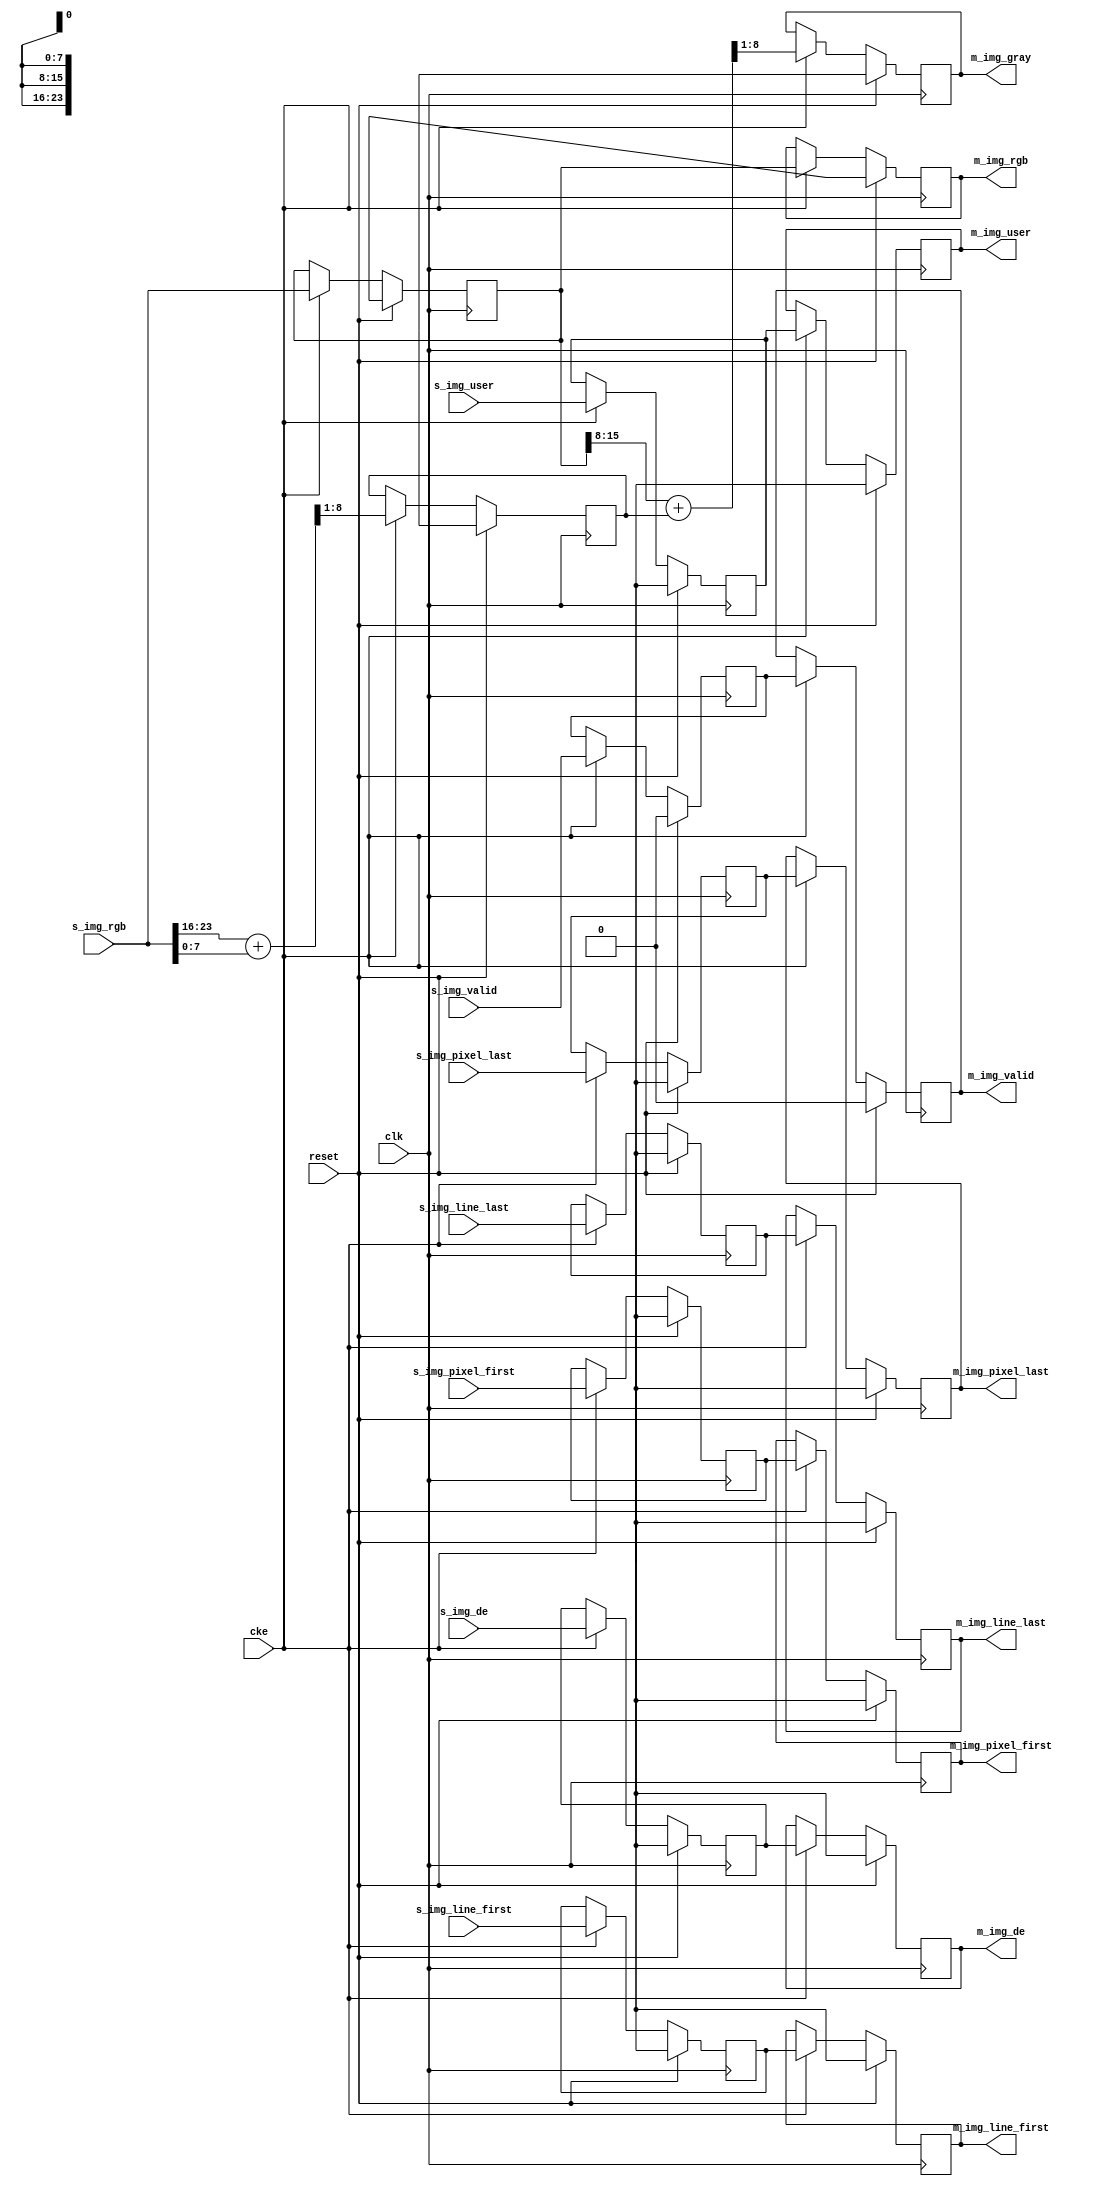
// ---------------------------------------------------------------------------
//  Jelly  -- The platform for real-time computing
//   image processing
//
//                                 Copyright (C) 2008-2018 by Ryuji Fuchikami
//                                 https://github.com/ryuz/jelly.git
// ---------------------------------------------------------------------------



`timescale 1ns / 1ps
`default_nettype none


module jelly_img_rgb_to_gray
        #(
            parameter   USER_WIDTH = 0,
            parameter   DATA_WIDTH = 8,
            
            parameter   USER_BITS  = USER_WIDTH > 0 ? USER_WIDTH : 1
        )
        (
            input   wire                            reset,
            input   wire                            clk,
            input   wire                            cke,
            
            input   wire                            s_img_line_first,
            input   wire                            s_img_line_last,
            input   wire                            s_img_pixel_first,
            input   wire                            s_img_pixel_last,
            input   wire                            s_img_de,
            input   wire    [USER_BITS-1:0]         s_img_user,
            input   wire    [3*DATA_WIDTH-1:0]      s_img_rgb,
            input   wire                            s_img_valid,
            
            output  wire                            m_img_line_first,
            output  wire                            m_img_line_last,
            output  wire                            m_img_pixel_first,
            output  wire                            m_img_pixel_last,
            output  wire                            m_img_de,
            output  wire    [USER_BITS-1:0]         m_img_user,
            output  wire    [3*DATA_WIDTH-1:0]      m_img_rgb,
            output  wire    [DATA_WIDTH-1:0]        m_img_gray,
            output  wire                            m_img_valid
        );
    
    
    reg                             st0_line_first;
    reg                             st0_line_last;
    reg                             st0_pixel_first;
    reg                             st0_pixel_last;
    reg                             st0_de;
    reg     [USER_BITS-1:0]         st0_user;
    reg     [3*DATA_WIDTH-1:0]      st0_rgb;
    reg     [DATA_WIDTH-1:0]        st0_gray;
    reg                             st0_valid;
    
    reg                             st1_line_first;
    reg                             st1_line_last;
    reg                             st1_pixel_first;
    reg                             st1_pixel_last;
    reg                             st1_de;
    reg     [USER_BITS-1:0]         st1_user;
    reg     [3*DATA_WIDTH-1:0]      st1_rgb;
    reg     [DATA_WIDTH-1:0]        st1_gray;
    reg                             st1_valid;
    
    always @(posedge clk) begin
        if ( reset ) begin
            st0_line_first  <= 1'bx;
            st0_line_last   <= 1'bx;
            st0_pixel_first <= 1'bx;
            st0_pixel_last  <= 1'bx;
            st0_de          <= 1'bx;
            st0_user        <= {USER_BITS{1'bx}};
            st0_rgb         <= {(3*DATA_WIDTH){1'bx}};
            st0_gray        <= {DATA_WIDTH{1'bx}};
            st0_valid       <= 1'b0;
            
            st1_line_first  <= 1'bx;
            st1_line_last   <= 1'bx;
            st1_pixel_first <= 1'bx;
            st1_pixel_last  <= 1'bx;
            st1_de          <= 1'bx;
            st1_user        <= {USER_BITS{1'bx}};
            st1_rgb         <= {(3*DATA_WIDTH){1'bx}};
            st1_gray        <= {DATA_WIDTH{1'bx}};
            st1_valid       <= 1'b0;
        end
        else if ( cke ) begin
            st0_line_first  <= s_img_line_first;
            st0_line_last   <= s_img_line_last;
            st0_pixel_first <= s_img_pixel_first;
            st0_pixel_last  <= s_img_pixel_last;
            st0_de          <= s_img_de;
            st0_user        <= s_img_user;
            st0_rgb         <= s_img_rgb;
            st0_gray        <= (({1'b0, s_img_rgb[2*DATA_WIDTH +: DATA_WIDTH]} + {1'b0, s_img_rgb[0*DATA_WIDTH +: DATA_WIDTH]}) >> 1);
            st0_valid       <= s_img_valid;
            
            st1_line_first  <= st0_line_first;
            st1_line_last   <= st0_line_last;
            st1_pixel_first <= st0_pixel_first;
            st1_pixel_last  <= st0_pixel_last;
            st1_de          <= st0_de;
            st1_user        <= st0_user;
            st1_rgb         <= st0_rgb;
            st1_gray        <= (({1'b0, st0_rgb[1*DATA_WIDTH +: DATA_WIDTH]} + {1'b0, st0_gray}) >> 1);
            st1_valid       <= st0_valid;
        end
    end
    
    assign m_img_line_first  = st1_line_first;
    assign m_img_line_last   = st1_line_last;
    assign m_img_pixel_first = st1_pixel_first;
    assign m_img_pixel_last  = st1_pixel_last;
    assign m_img_de          = st1_de;
    assign m_img_user        = st1_user;
    assign m_img_rgb         = st1_rgb;
    assign m_img_gray        = st1_gray;
    assign m_img_valid       = st1_valid;
    
    
endmodule


`default_nettype wire


// end of file